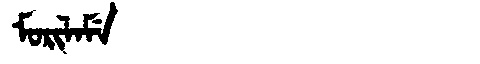
Manchu: ᠮᠣᡵᡳᠯᠠᠮᡝ
Romanization: MORILAME